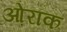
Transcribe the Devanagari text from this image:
ओरॉक